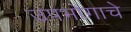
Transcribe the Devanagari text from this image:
उपभोगाचे